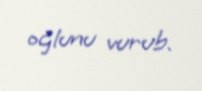
oğlunu vurub.